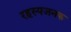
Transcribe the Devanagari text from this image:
रहस्यजनक